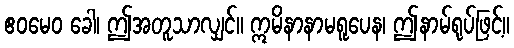
ဧဝမေဝ ခေါ၊ ဤအတူသာလျှင်။ ဣမိနာနာမရူပေန၊ ဤနာမ်ရုပ်ဖြင့်။